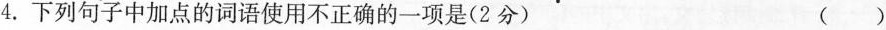
4.下列句子中加点的词语使用不正确的一项是(2分) ( )